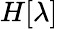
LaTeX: H[\lambda]